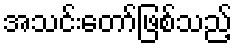
အသင်းတော်ဖြစ်သည့်